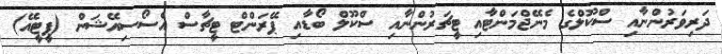
ދަރިވަރުންނާއި ސްކޫލްގެ މެނޭޖްމަންޓާއި ޓީޗަރުންނާއި ސްކޫލް ބޯޑާއި ޕޭރަންޓް ޓީޗާސް އެސޯސިއޭޝަން (ޕީޓީއޭ)